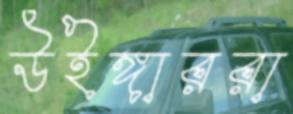
উইঙ্গাররা